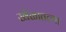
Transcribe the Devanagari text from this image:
खेळातल्या